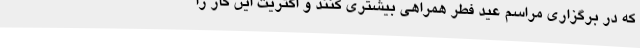
که در برگزاری مراسم عید فطر همراهی بیشتری کنند و اکثریت این کار را